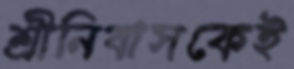
শ্রীনিবাসকেই